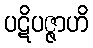
ပဋိပဇ္ဇာဟိ